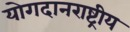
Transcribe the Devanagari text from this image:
योगदानराष्ट्रीय